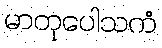
မာတုပေါသကံ